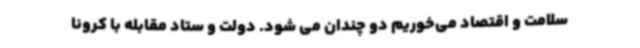
سلامت و اقتصاد می‌خوریم دو چندان می شود. دولت و ستاد مقابله با کرونا